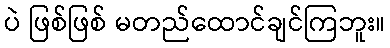
ပဲ ဖြစ်ဖြစ် မတည်ထောင်ချင်ကြဘူး။